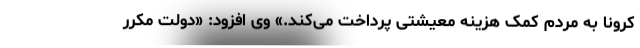
کرونا به مردم کمک هزینه معیشتی پرداخت می‌کند.» وی افزود: «دولت مکرر